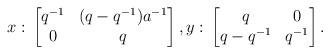
LaTeX: \begin{align*}x:\,\begin{bmatrix} q^{-1} & (q-q^{-1})a^{-1} \\ 0 & q\end{bmatrix},y:\,\begin{bmatrix} q & 0 \\ q-q^{-1} & q^{-1}\end{bmatrix}.\end{align*}